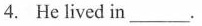
4. He lived in___.